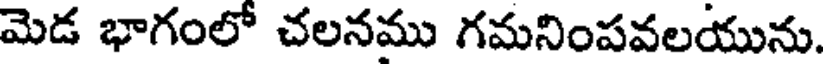
మెడ భాగంలో చలనము గమనింపవలయును.